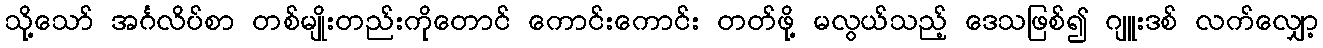
သို့သော် အင်္ဂလိပ်စာ တစ်မျိုးတည်းကိုတောင် ကောင်းကောင်း တတ်ဖို့ မလွယ်သည့် ဒေသဖြစ်၍ ဂျူးဒစ် လက်လျှော့